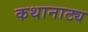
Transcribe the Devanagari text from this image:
कथानाट्य